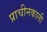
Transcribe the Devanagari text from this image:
प्राचीनकाली